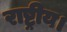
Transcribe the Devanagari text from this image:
राष्ट्रीय।